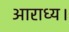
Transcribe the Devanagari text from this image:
आराध्य।